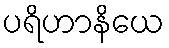
ပရိဟာနိယေ